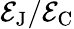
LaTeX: \mathcal{E}_{\mathrm{{{J}}}}/\mathcal{E}_{\mathrm{{{C}}}}